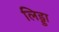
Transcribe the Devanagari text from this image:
लिड्डा